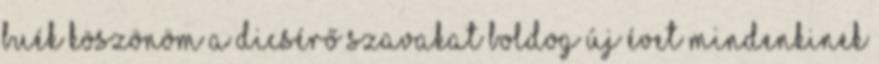
BUÉK Köszönöm a dicsérő szavakat Boldog Új Évet mindenkinek